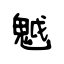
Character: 魆